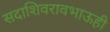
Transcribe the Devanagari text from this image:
सदाशिवरावभाऊही